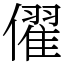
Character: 㒛